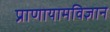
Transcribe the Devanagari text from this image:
प्राणायामविज्ञान